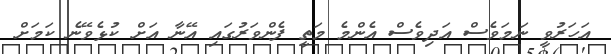
އަހަރުވީ ނަމަވެސް އަދިވެސް އެންމެ މަތީ ފެންވަރުގައި އޭނާ އަށް ކުޅެވޭނެ ކަމަށް